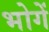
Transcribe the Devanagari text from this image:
भोगें